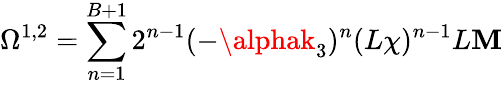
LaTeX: {\Omega}^{1,2}=\sum_{n=1}^{B+1}2^{n-1}(-\alphak_{3})^{n}(L\chi)^{n-1}L\mathbf{M}